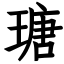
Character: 瑭